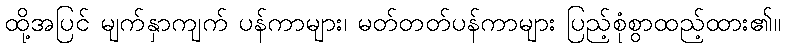
ထို့အပြင် မျက်နှာကျက် ပန်ကာများ၊ မတ်တတ်ပန်ကာများ ပြည့်စုံစွာထည့်ထား၏။